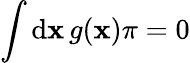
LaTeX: \int\operatorname{d\mathbf{x}}g(\mathbf{x})\pi=0